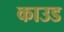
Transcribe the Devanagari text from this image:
काउड